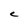
Character: e